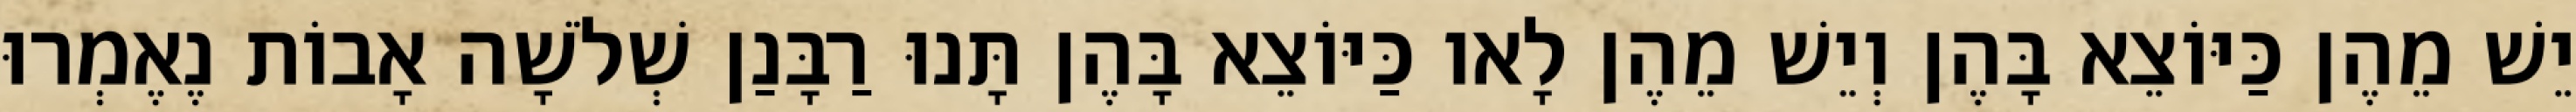
יֵשׁ מֵהֶן כַּיּוֹצֵא בָּהֶן וְיֵשׁ מֵהֶן לָאו כַּיּוֹצֵא בָּהֶן תָּנוּ רַבָּנַן שְׁלֹשָׁה אָבוֹת נֶאֶמְרוּ